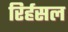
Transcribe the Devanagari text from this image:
रिर्हसल